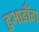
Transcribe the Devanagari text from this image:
हुआडाँग